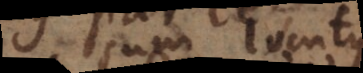
sum locutus